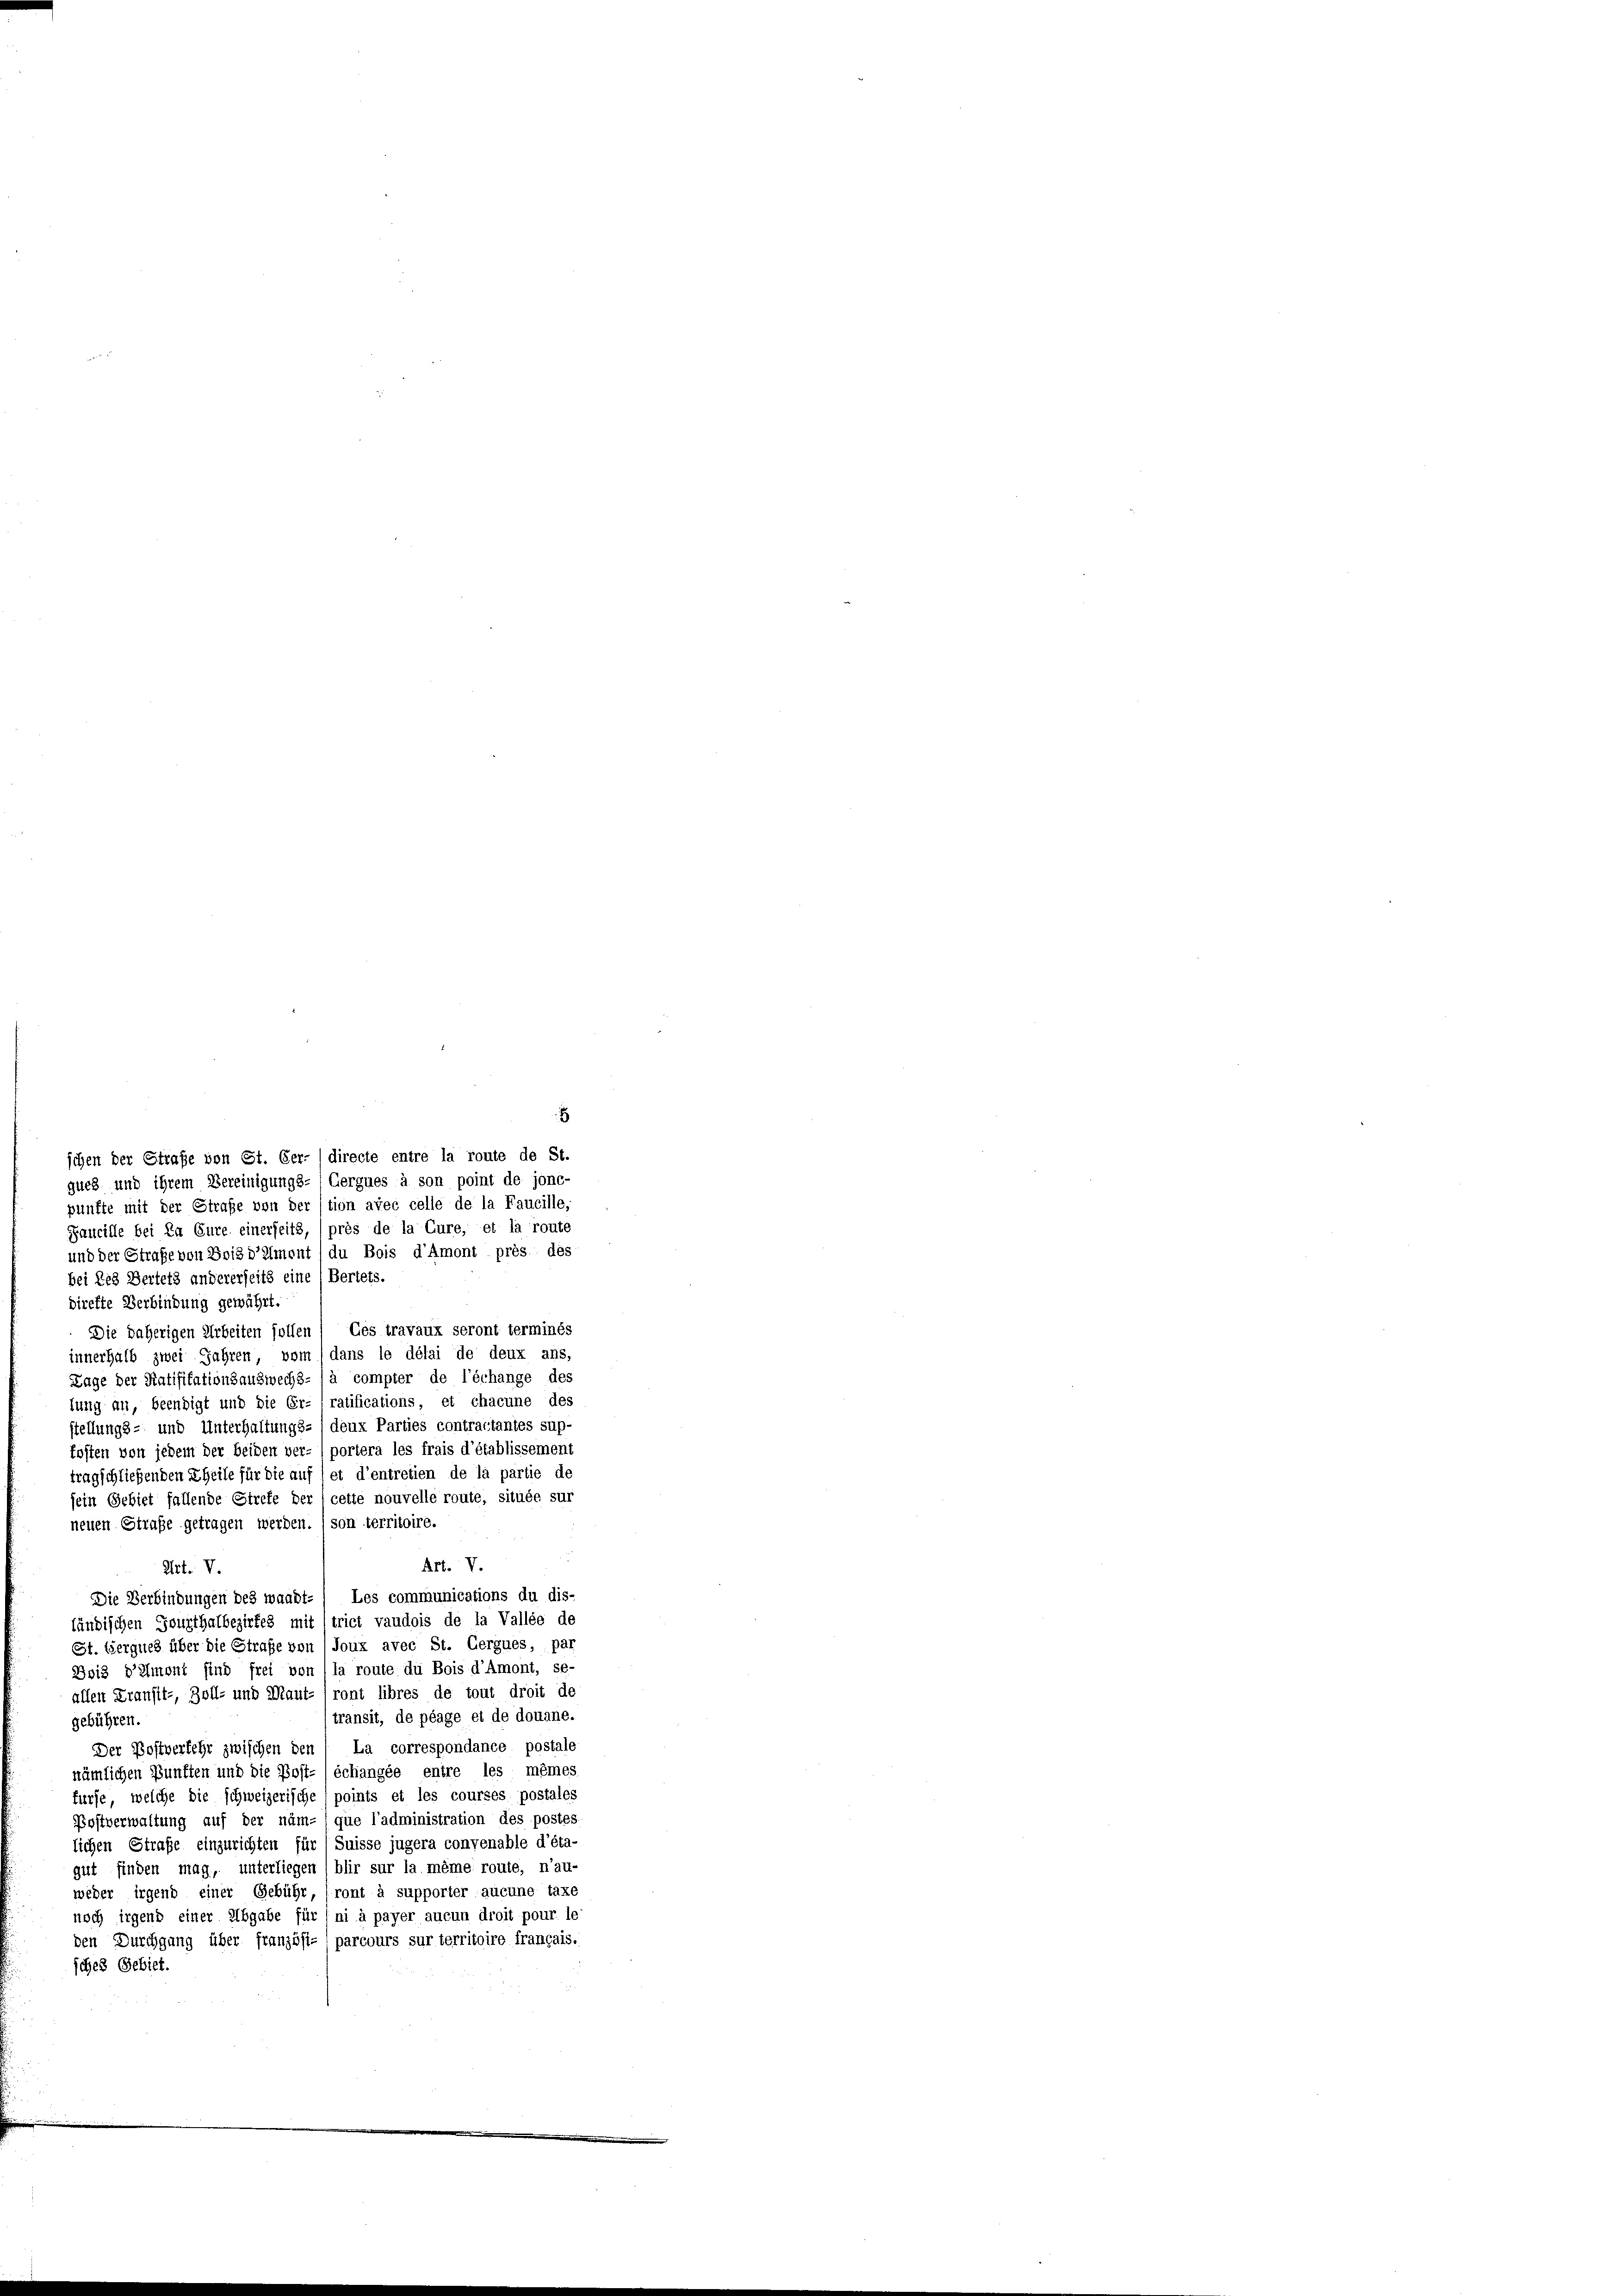
schen der Strafe von St. Ger-/directe entre la route de St
gueg und ihrem Vereinigungs-Gergues à son point de jonc-
punfte mit der Straße von der stion avec celle de la Faucille,
Zaucille bei Da Eure einerseits, (près de la Cure, et la route
und der Straße von Bois d’emont du Bois d’Amont près dés
bei des Bertets andererseits eine (Bertets.
direkte Verbindung gewährt.
Die daherigen Arbeiten sollen / Ces travaux seront terminés
innerhalb zwei Jahren, vom dans le délai de deux ans,
Lage der Ratifikationsauswechs- (à compter de l’échange des
lung an, beendigt und die Er- ratifications, et chacune des
stellungs- und Unterhaltungs- /deux Parties contractantes sup-
kosten von jedem der beiden ver- ) portera les frais d’établissement
tragschließenden Theile für die auf et d’entretien de la partie de
cette nouvelle route, située sur
sein Gebiet fallende Strete des
neuen Straße getragen werden. (son territoire.
Art. V.
Art. V.
Die Verbindungen des waadt- / Les communications du dis-
ländischen Fausthalbezirkes mit 1trict vaudois de la Vallée de
St. Gerques über die Straße von (Joux avec St. Gergues, par
Bois d’amont find frei von (la route du Bois d’Amont, se-
allen Transit-, Zoll- und Maut- (ront libres de tout droit de
transit, de plage et de douane.
gebühren.
La correspondance postale
Der Postverfehr zwischen der
nämlichen Bünften und die Post- (échangée entre les mêmes
fürse, welche die schweizerische) points et les courses postales
Postverwaltung auf der näm- que l’administration des postes
lichen Strafe einzurichten für Suisse jugera convenable d’éta-
gut finden mag, unterliegen (blir sur la même route, n’au-
weder irgend einer Gebühr, ront à supporter aucune taxe
noch irgend einer Abgabe für (ni à payer aucun droit pour le
den Durchgang über französi-) parcours sur territoire français.
sches Gebiet.

8